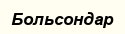
Больсондар